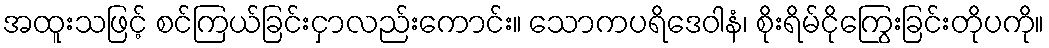
အထူးသဖြင့် စင်ကြယ်ခြင်းငှာလည်းကောင်း။ သောကပရိဒေဝါနံ၊ စိုးရိမ်ငိုကြွေးခြင်းတိုပကို။